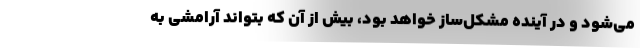
می‌شود و در آینده مشکل‌ساز خواهد بود، بیش از آن که بتواند آرامشی به